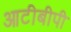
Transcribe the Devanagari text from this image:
आटीबीपी